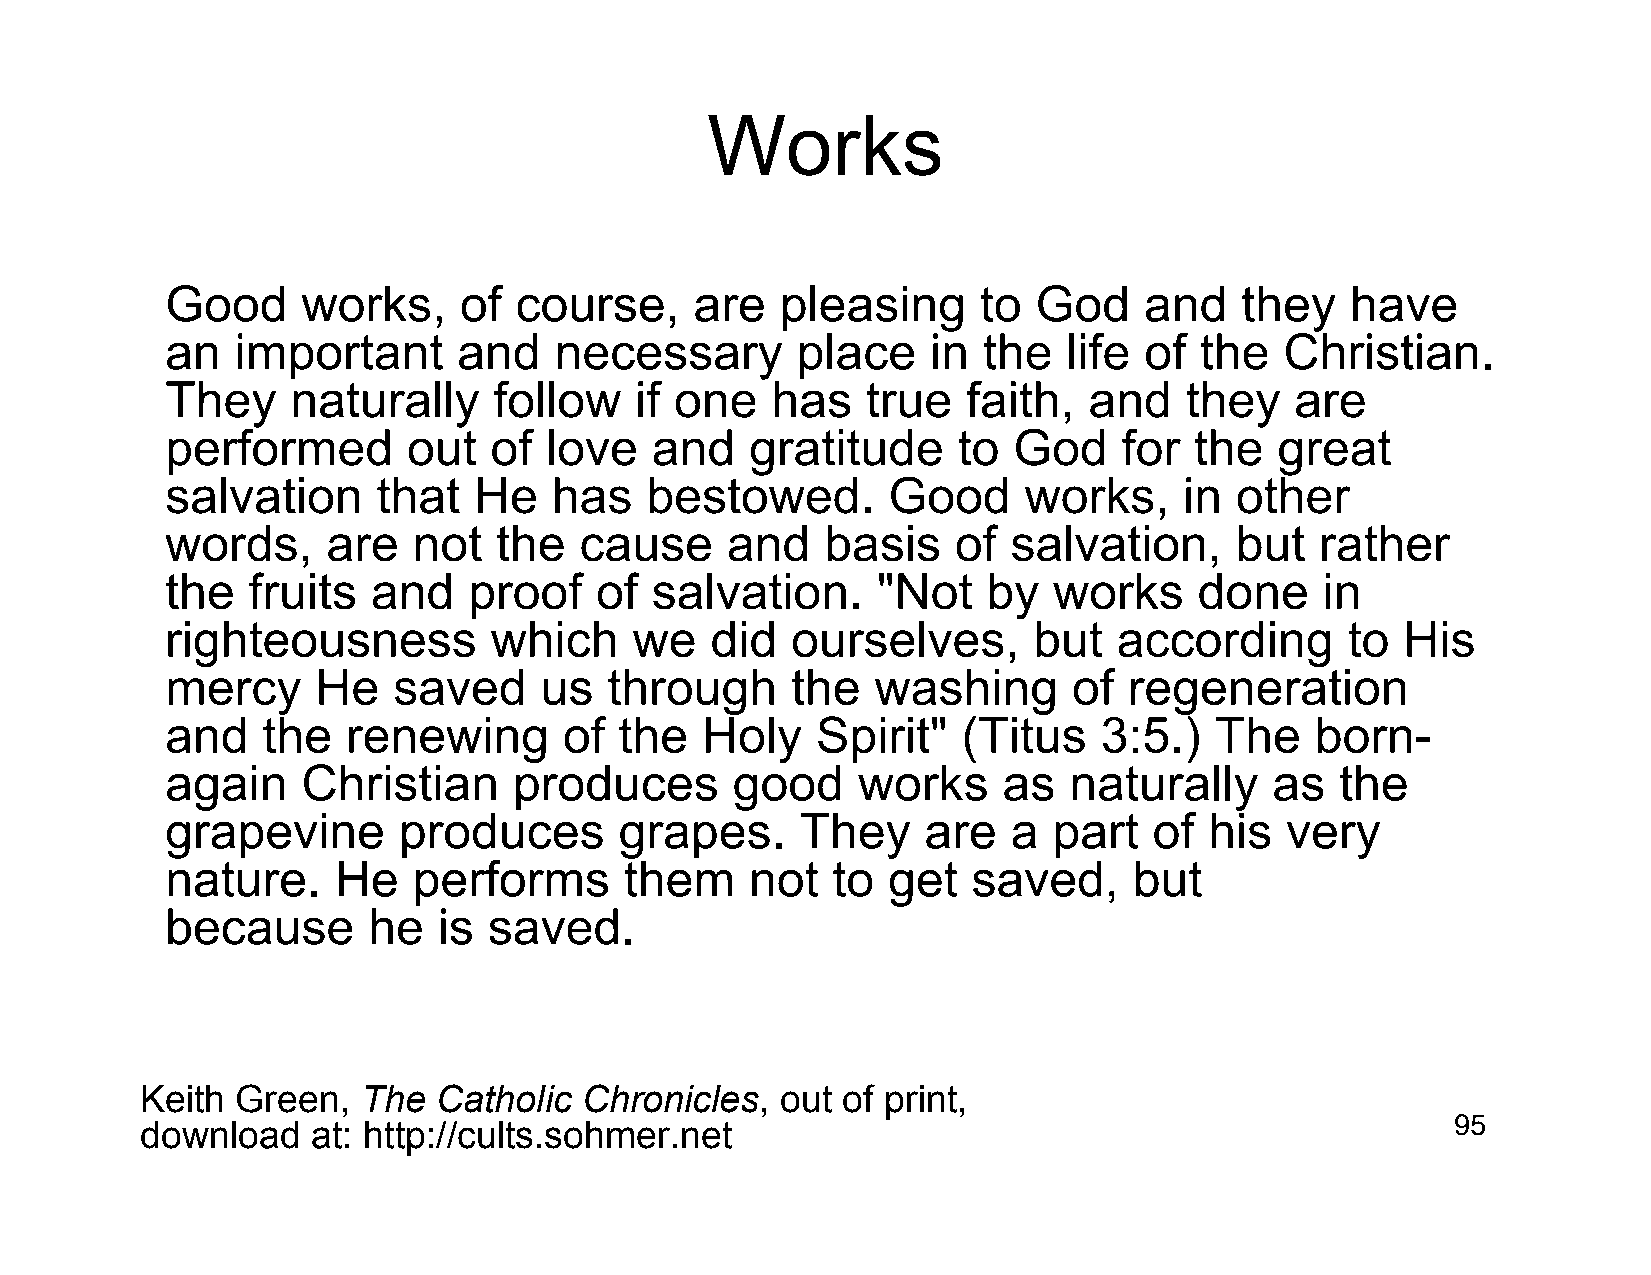
Works
 Good     works,    of  course,     are   pleasing     to  God    and   they   have
 an   important     and    necessary       place    in the   life of the   Christian.
 They    naturally     follow   if one   has   true   faith,  and   they    are
 performed       out  of  love   and    gratitude    to  God    for  the   great
 salvation     that  He    has   bestowed.       Good     works,    in  other
 words,     are  not   the  cause     and    basis   of  salvation,     but  rather
 the  fruits   and   proof   of  salvation.     "Not   by   works    done     in
 righteousness        which     we   did  ourselves,      but   according      to  His
 mercy     He   saved     us  through     the   washing      of  regeneration
 and   the   renewing      of  the  Holy    Spirit"   (Titus   3:5.)  The    born-
 again    Christian     produces      good     works    as   naturally    as   the
 grapevine      produces       grapes.     They    are   a  part  of  his  very
 nature.    He   performs      them     not  to  get  saved,     but
 because      he   is saved.
 Keith  Green,  The  Catholic  Chronicles,  out of print,
 download    at: http://cults.sohmer.net                                                95